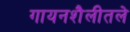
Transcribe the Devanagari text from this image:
गायनशैलीतले